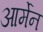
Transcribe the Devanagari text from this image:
आर्मेन